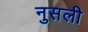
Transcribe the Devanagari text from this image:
नुसली